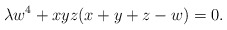
\begin{align*} \lambda w^4 + xyz(x+y+z-w) = 0.\end{align*}